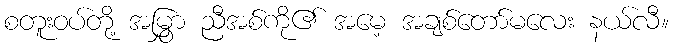
စတူးဝပ်တို့ အမြွှာ ညီအစ်ကို၏ အမေ့ အချစ်တော်မလေး နယ်လီ။